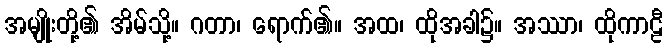
အမျိုးတို့၏ အိမ်သို့။ ဂတာ၊ ရောက်၏။ အထ၊ ထိုအခါ၌။ အဿာ၊ ထိုကာဠီ